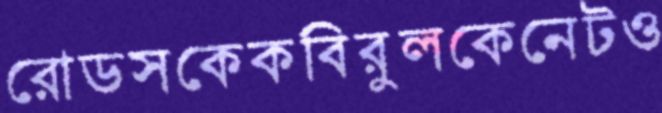
রোডসকেকবিরুলকেনেটও